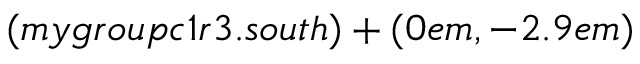
( m y g r o u p c 1 r 3 . s o u t h ) + ( 0 e m , - 2 . 9 e m )